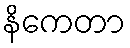
နိကေတာ